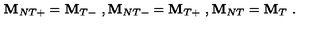
{ \bf M } _ { N T + } = { \bf M } _ { T - } \ , { \bf M } _ { N T - } = { \bf M } _ { T + } \ , { \bf M } _ { N T } = { \bf M } _ { T } \ .